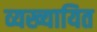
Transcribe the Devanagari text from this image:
व्यख्यायित